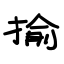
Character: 揄